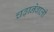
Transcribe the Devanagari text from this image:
चढ़ानेवाली